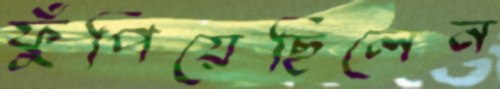
ফুঁপিয়েছিলেন